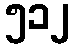
၅၁၂